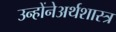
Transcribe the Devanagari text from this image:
उन्होंनेअर्थशास्त्र